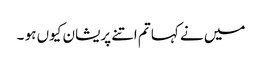
میں نے کہا تم اتنے پریشان کیوں ہو ۔